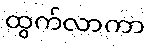
ထွက်လာကာ